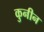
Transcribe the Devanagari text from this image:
कुनीन